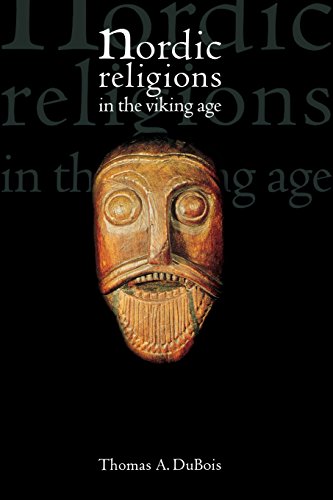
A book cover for Nordic Religions in the Viking Age (The Middle Ages Series); Thomas DuBois; Literature & Fiction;